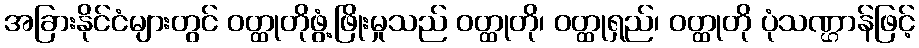
အခြားနိုင်ငံများတွင် ဝတ္ထုတိုဖွံ့ဖြိုးမှုသည် ဝတ္ထုတို၊ ဝတ္ထုရှည်၊ ဝတ္ထုတို ပုံသဏ္ဌာန်ဖြင့်